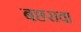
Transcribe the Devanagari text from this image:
बछरावा